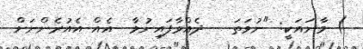
) މާނައަކީ: "ނުވަތަ   ދެއްވާފައިނުވާ  އެއް އެއުރެންނަށް